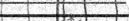
٤٦